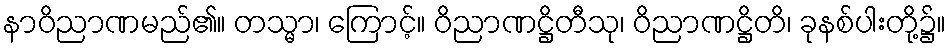
နာဝိညာဏမည်၏။ တသ္မာ၊ ကြောင့်။ ဝိညာဏဋ္ဌိတီသု၊ ဝိညာဏဋ္ဌိတိ၊ ခုနစ်ပါးတို့၌။